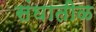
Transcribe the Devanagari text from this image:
संघातीळ